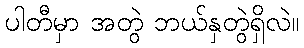
ပါတီမှာ အတွဲ ဘယ်နှတွဲရှိလဲ။